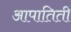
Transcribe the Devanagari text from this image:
आपातिती